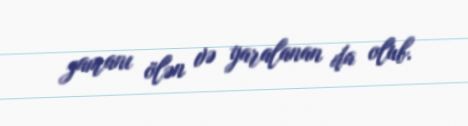
zamanı ölən və yaralanan da olub.